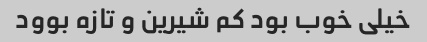
خیلی خوب بود کم شیرین و تازه بوود